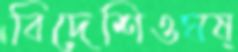
বিদেশিওঘষ্‌